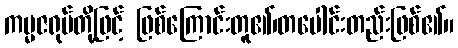
ကမ္မဇရုပ်တို့ဖြင့် ဖြစ်ကြောင်းတူ၏၊တပေါင်းတည်းဖြစ်၏။